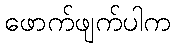
ဖောက်ဖျက်ပါက